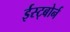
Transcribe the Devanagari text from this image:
ईस्ट्बोर्न